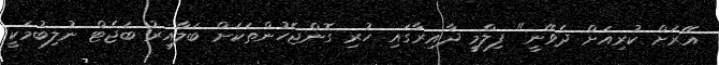
އޭރަށް ކުރިއަށް ދެވޭނީ" ފިލްމީ ދާއިރާގައި ހުރި ގޮންޖެހުންތަކަށް ބަލާއިރު ބަޖެޓް ނުލިބުމަކީ